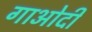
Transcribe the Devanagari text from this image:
गाओदी